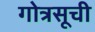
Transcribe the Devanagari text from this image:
गोत्रसूची